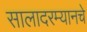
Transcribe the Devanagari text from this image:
सालादरम्यानचे